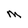
Character: M